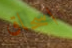
اسحاق